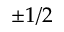
\pm 1 / 2